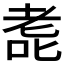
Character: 𫅳